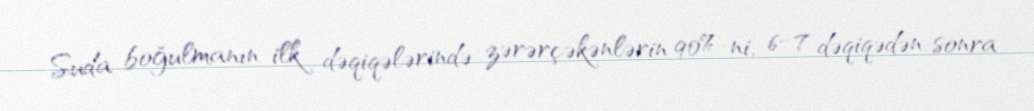
Suda boğulmanın ilk dəqiqələrində zərərçəkənlərin 90%-ni, 6–7 dəqiqədən sonra